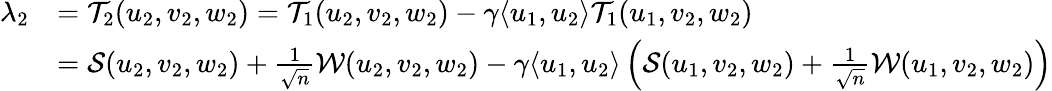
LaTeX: \begin{array}{rl}{\lambda_{2}}&{={\mathcal{T}}_{2}(u_{2},v_{2},w_{2})={\mathcal{T}}_{1}(u_{2},v_{2},w_{2})-{\gamma}\langle u_{1},u_{2}\rangle{\mathcal{T}}_{1}(u_{1},v_{2},w_{2})}\\ &{={\mathcal{S}}(u_{2},v_{2},w_{2})+\frac{1}{\sqrt n}{\mathcal{W}}(u_{2},v_{2},w_{2})-{\gamma}\langle u_{1},u_{2}\rangle\left({\mathcal{S}}(u_{1},v_{2},w_{2})+\frac{1}{\sqrt n}{\mathcal{W}}(u_{1},v_{2},w_{2})\right)}\end{array}